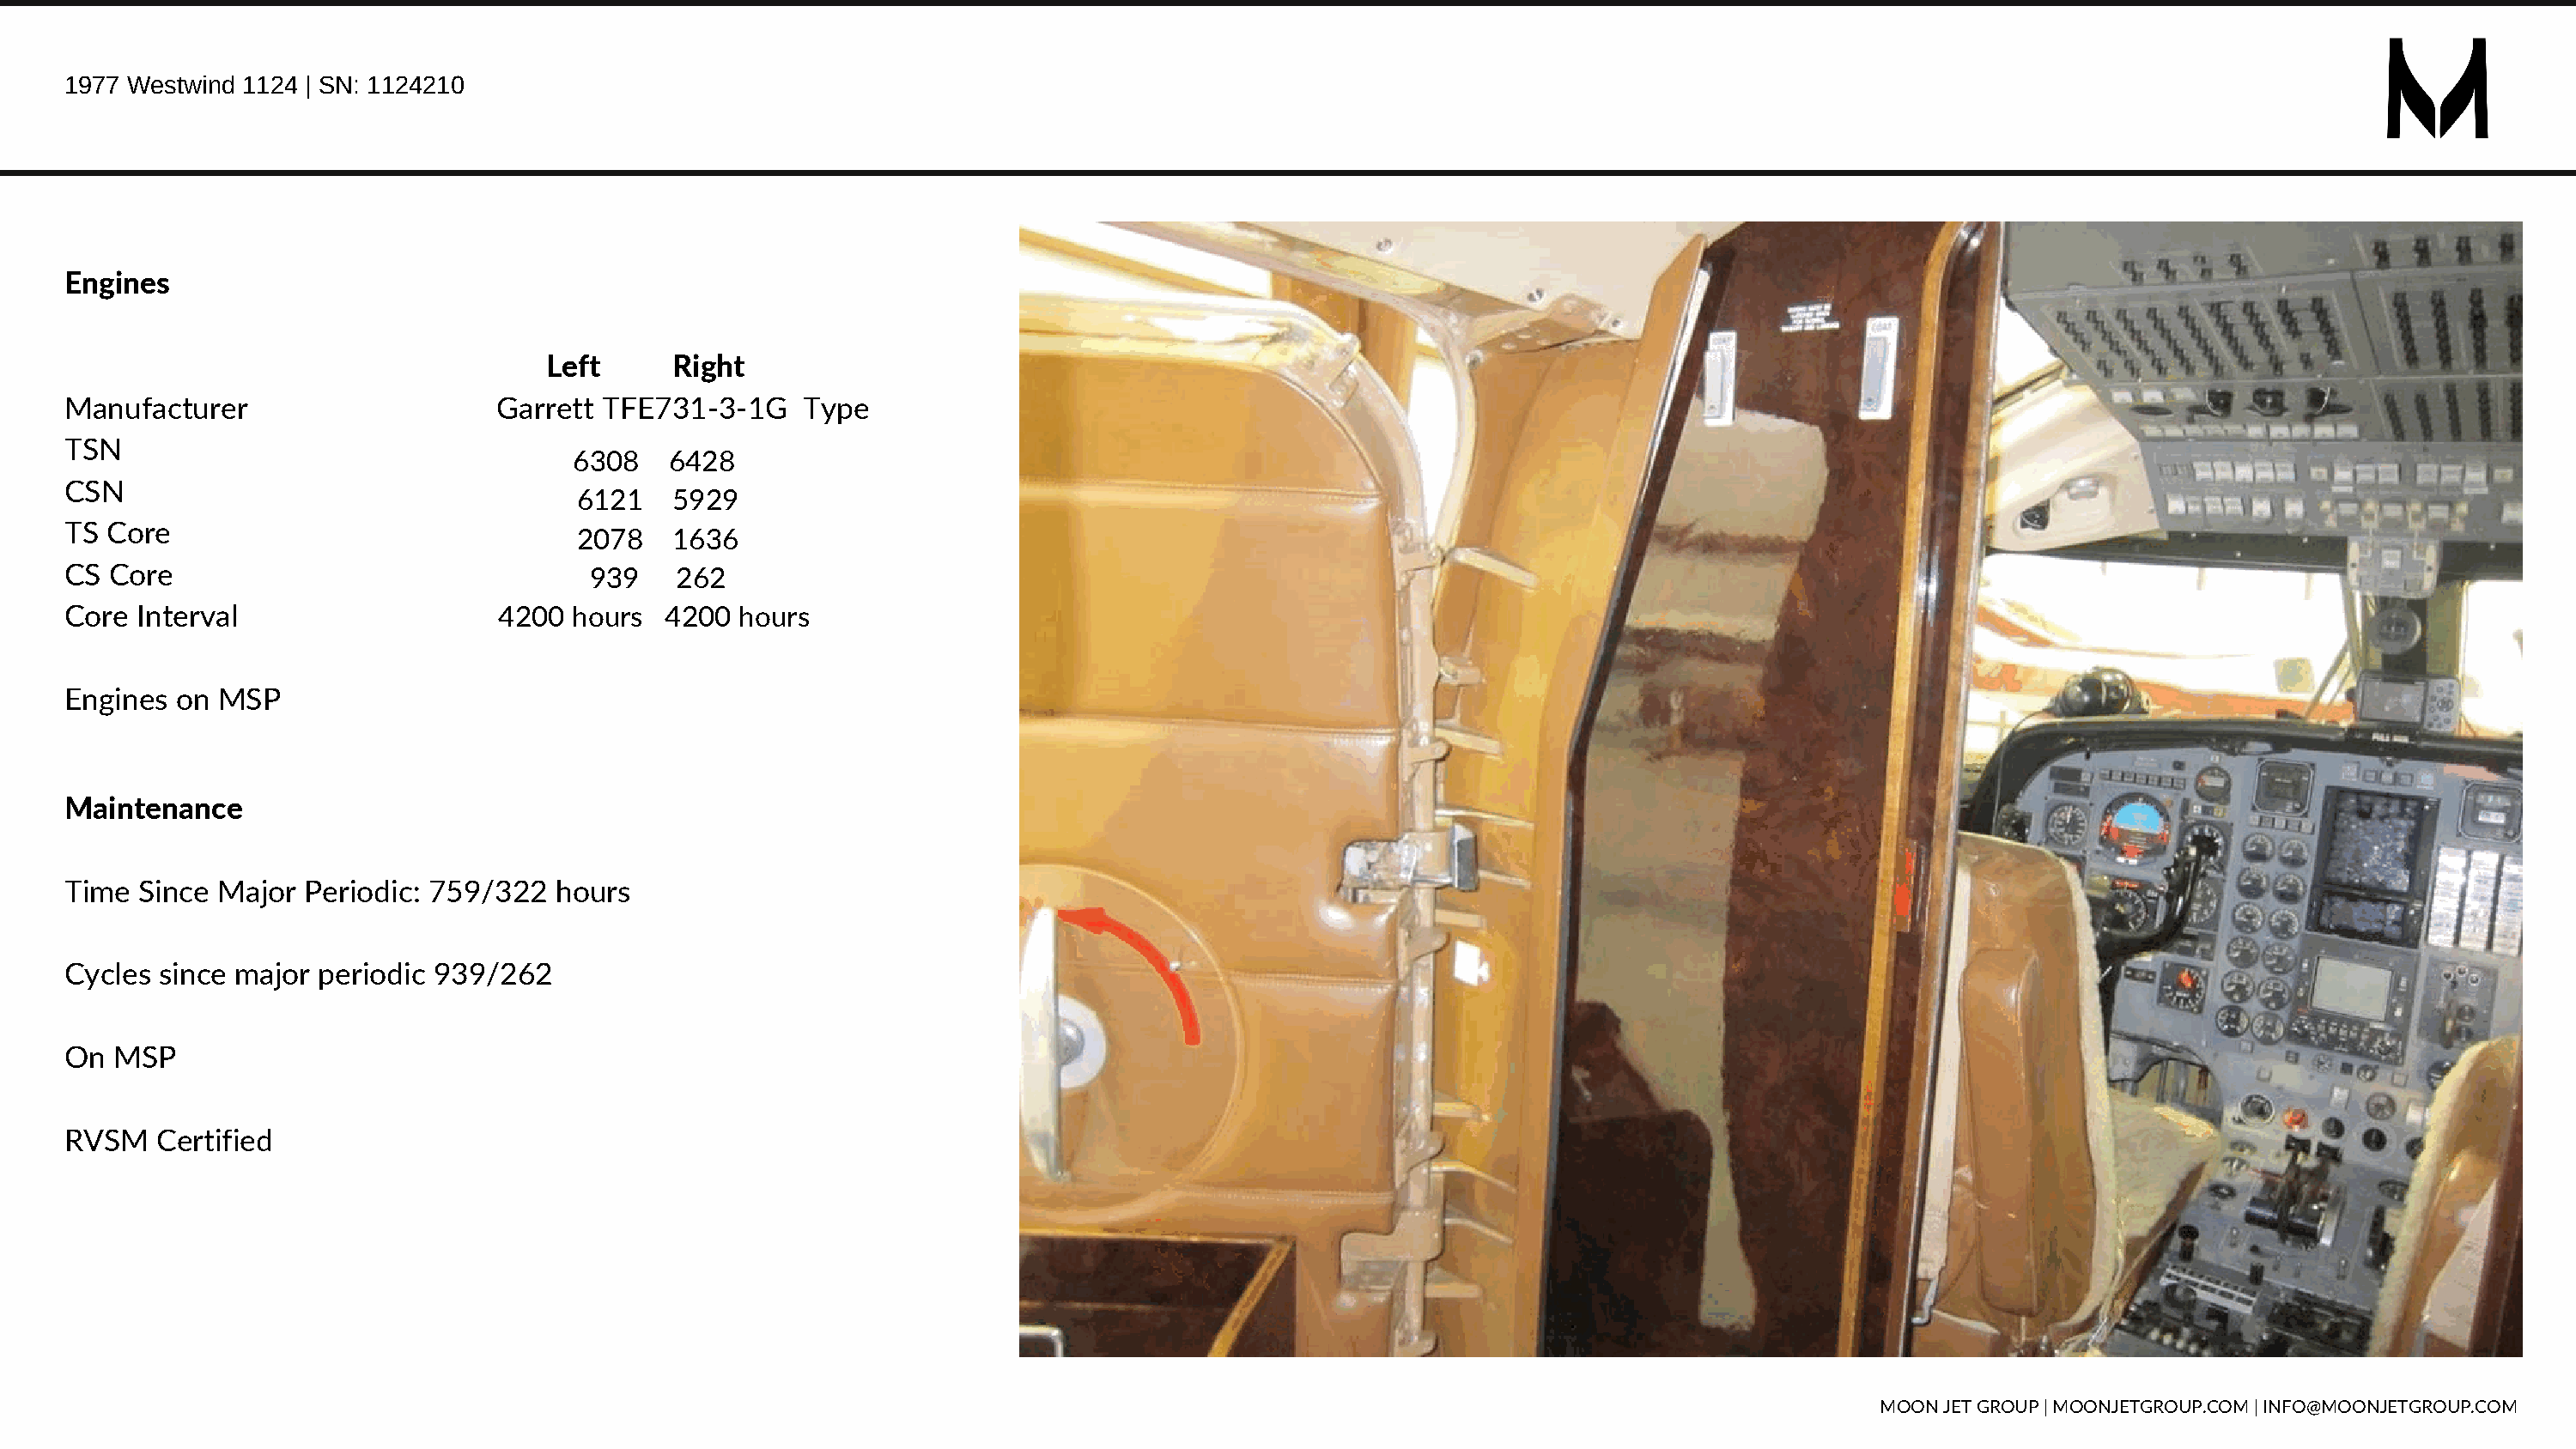
1977 Westwind 1124 | SN: 1124210
 Engines
 Left      Right
 Manufacturer                     Garrett TFE731-3-1G     Type
 TSN
 6308    6428
 CSN
 6121    5929
 TS Core
 2078    1636
 CS Core                                 939    262
 Core  Interval                   4200  hours  4200  hours
 Engines  on MSP
 Maintenance
 Time  Since Major Periodic: 759/322   hours
 Cycles since major  periodic 939/262
 On  MSP
 RVSM   Certified
 MOON JET GROUP | MOONJETGROUP.COM | INFO@MOONJETGROUP.COM